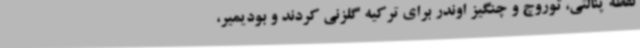
نقطه پنالتی، توروچ و چنگیز اوندر برای ترکیه گلزنی کردند و بودیمیر،